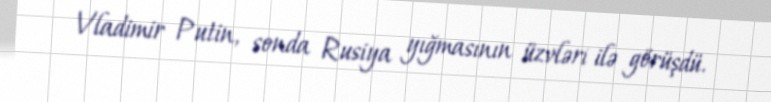
Vladimir Putin, sonda Rusiya yığmasının üzvləri ilə görüşdü.